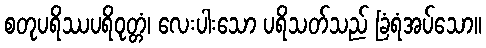
စတုပရိဿပရိဝုတ္တံ၊ လေးပါးသော ပရိသတ်သည် ခြံရံအပ်သော။